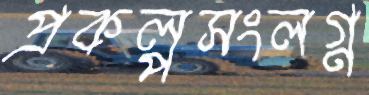
প্রকল্পসংলগ্ন